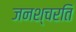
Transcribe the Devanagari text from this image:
जनश्चरति